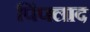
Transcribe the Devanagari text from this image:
पिंपलाद